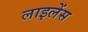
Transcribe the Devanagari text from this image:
लाइलेंस